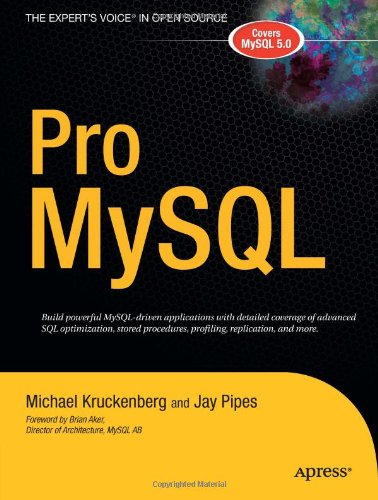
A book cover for Pro MySQL (The Expert's Voice in Open Source); Michael Kruckenberg; Computers & Technology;